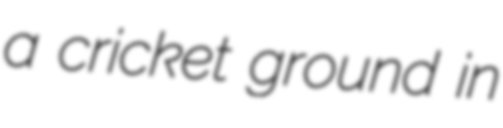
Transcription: a cricket ground in